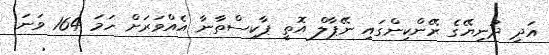
އަދި ދުނިޔޭގެ ރޭންކިންގައި ނޭޕާލް އޮތީ ޕާކިސްތާނާ އެއްވަރަށް ހަމަ 164 ވަނަ